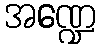
အဏ္ဍေ